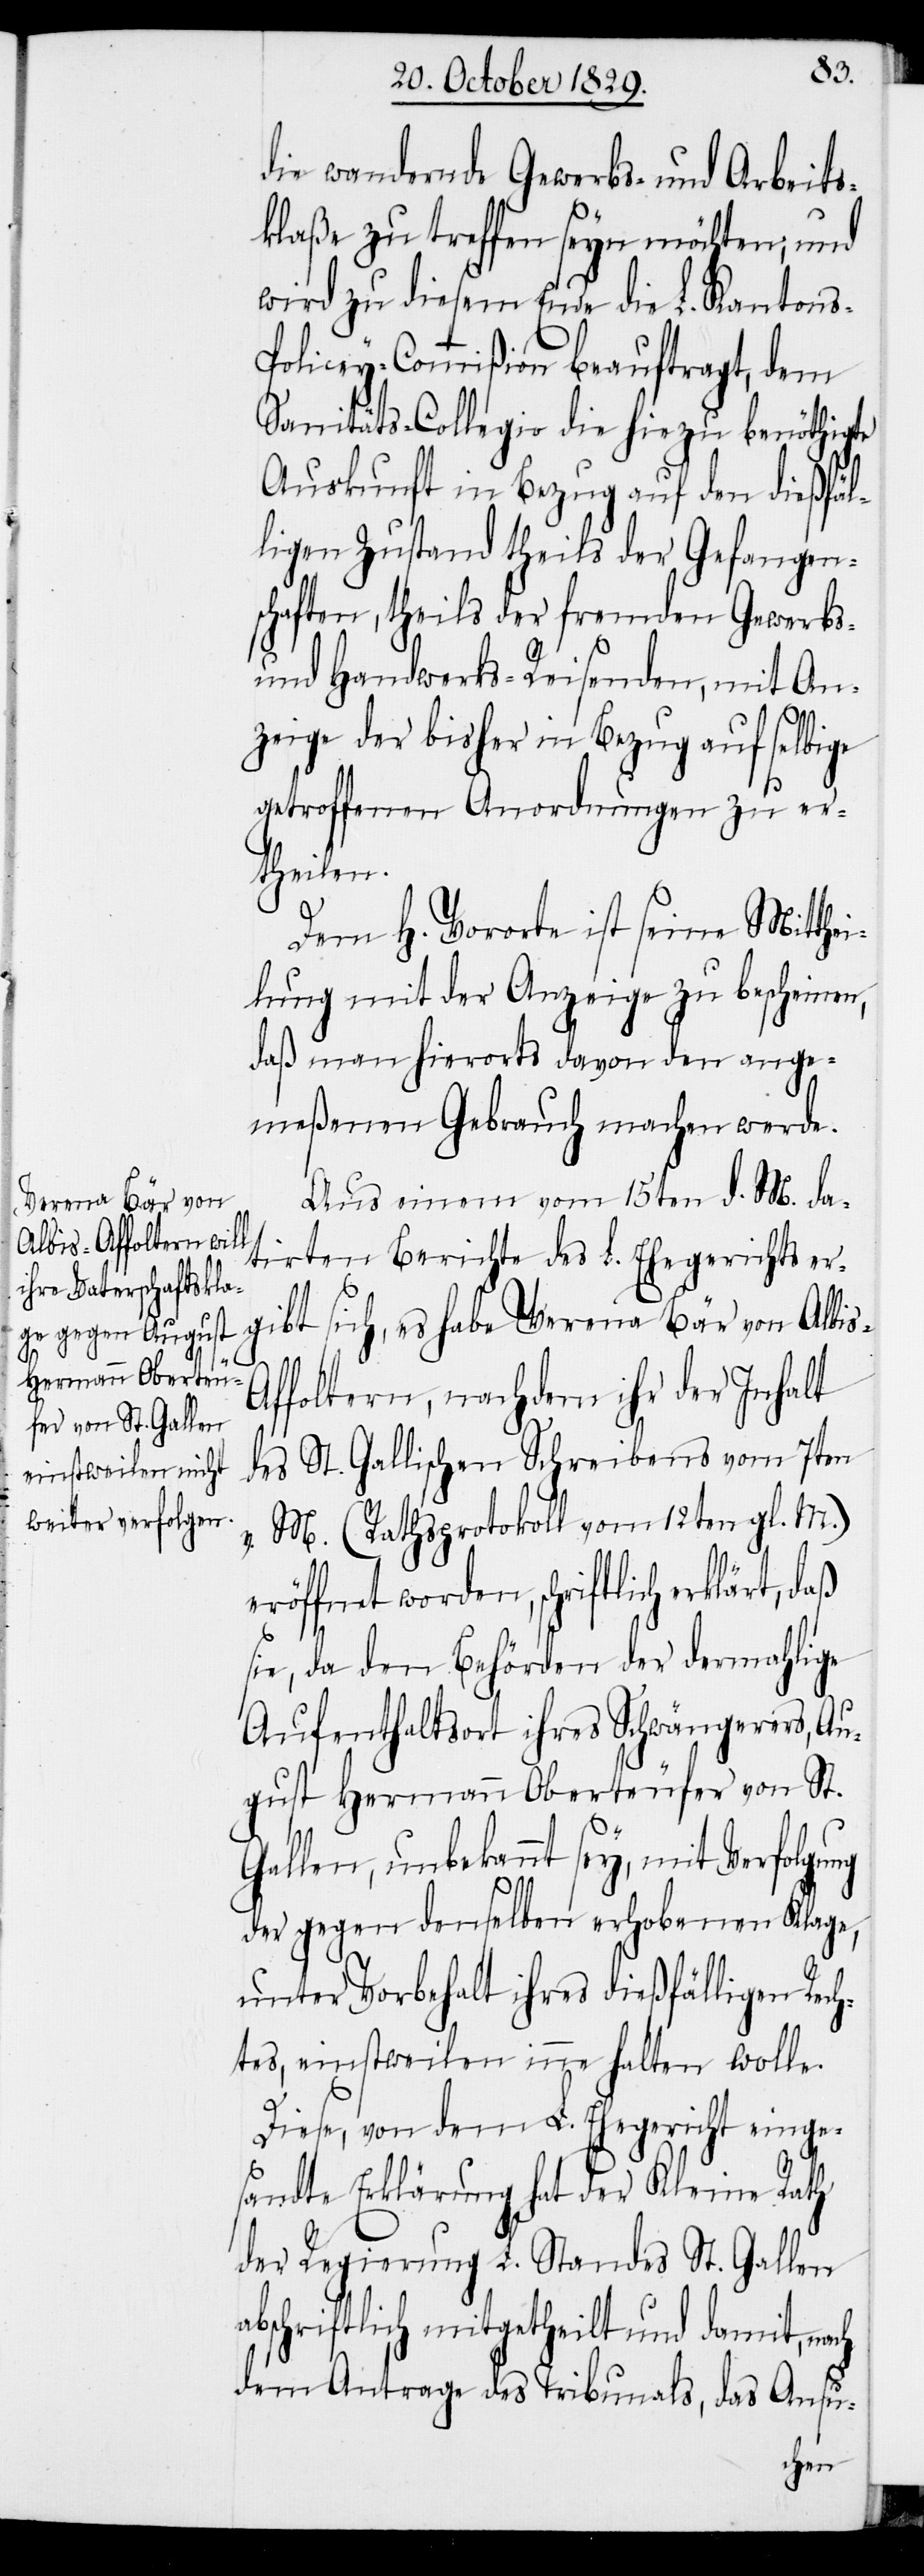
die wandernde Gewerbs- und Arbeits¬
klaße zu treffen seyn möchten; und
wird zu diesem Ende die L. Kantons-P¬
olicey-Commißion beauftragt, dem
Sanitäts-Collegio die hiezu benöthigte
Auskunft in Bezug auf den dießfäl¬
ligen Zustand theils der Gefangen¬
schaften, theils der fremden Gewerbs-
und Handwerks-Reisenden, mit An¬
Albis-A¬
zeige der bisher in Bezug auf selbige
getroffenen Anordnungen zu er¬
theilen.
Dem H. Vororte ist seine Mitthei¬
lung mit der Anzeige zu bescheinen,
daß man hierorts davon den ange¬
meßenen Gebrauch machen werde.
Aus einem vom 15ten d. M. da¬
Verena Bär von
tirten Berichte des L. Ehegerichts er¬
ffoltern, nachdem ihr der Inhalt
des St. Gallischen Schreibens vom 7ten
v. M. (Rathsprotokoll vom 12ten gl. M.)
eröffnet worden, schriftlich erklärt,
sie, da den Behörden der dermahlige
Aufenthaltsort ihres Schwängerers, Au¬
gust Hermann Oberteufer von St.
Gallen, unbekannt sey, mit Verfolgung
der gegen denselben erhobenen Klage,
unter Vorbehalt ihres dießfälligen Rec¬
htes, einstweilen inne halten wolle.
Diese, von dem L. Ehegericht einge¬
sandte Erklärung hat der Kleine Rath
der Regierung L. Standes St. Gallen
abschriftlich mitgetheilt und damit, nach
dem Antrage des Tribunals, das Ansu-